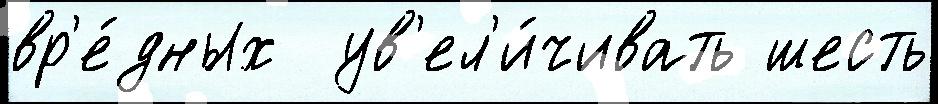
вр'е́дных  ув'ел'и́чивать шесть